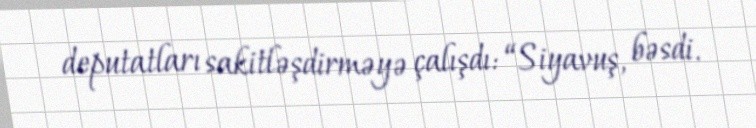
deputatları sakitləşdirməyə çalışdı: “Siyavuş, bəsdi.